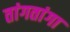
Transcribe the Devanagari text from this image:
तांगतांगा